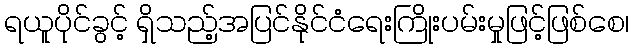
ရယူပိုင်ခွင့် ရှိသည့်အပြင်နိုင်ငံရေးကြိုးပမ်းမှုဖြင့်ဖြစ်စေ၊